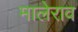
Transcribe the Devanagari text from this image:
मालेराव